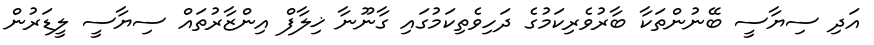
އަދި ސިޔާސީ ބޭނުންތަކާ ބާރުވެރިކަމުގެ ދަހިވެތިކަމުގައި ގާނޫނާ ޚިލާފް އިންޒާރުތައް ސިޔާސީ ލީޑަރުން